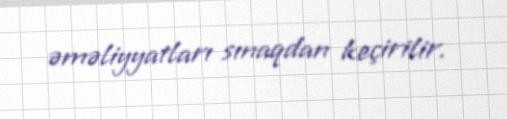
əməliyyatları sınaqdan keçirilir.